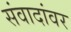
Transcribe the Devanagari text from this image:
संवादांवर